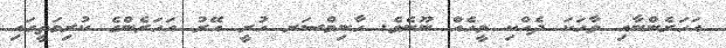
އަހަރެންނާއި ވާހަކަ ދެއްކި މީހެއް ނޫނެވެ. ހާނިމްސަރ ހުރީ އޭރު އަހަރެންގެ ކުރިމަތީގައި